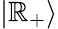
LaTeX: |\mathbb{R}_{+}\rangle